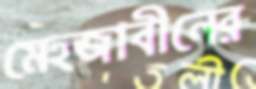
মেহজাবীনের